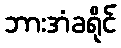
ဘားအံခရိုင်